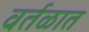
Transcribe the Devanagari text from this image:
वर्तळात